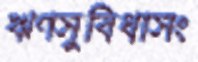
ঋণসুবিধাসং